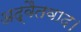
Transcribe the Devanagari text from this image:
अद्वैतवाद।